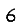
Digit: 6